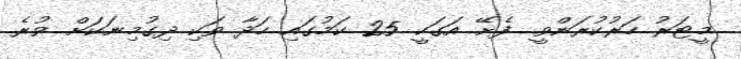
މީޓަރު ހަރުކުރަންވީ. ފެށޭ އަގަކީ 25 ކަމުގައި ހަދާ ވަކި ދިގުމިނަކަށް ވުރެ